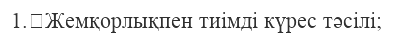
1.	Жемқорлықпен тиімді күрес тәсілі;